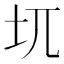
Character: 𱖈